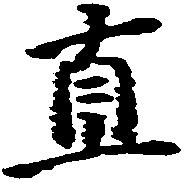
直